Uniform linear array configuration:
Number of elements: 12
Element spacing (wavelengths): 0.75
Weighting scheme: blackman
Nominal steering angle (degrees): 60
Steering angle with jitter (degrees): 59.499
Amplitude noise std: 0.05
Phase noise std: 0.05

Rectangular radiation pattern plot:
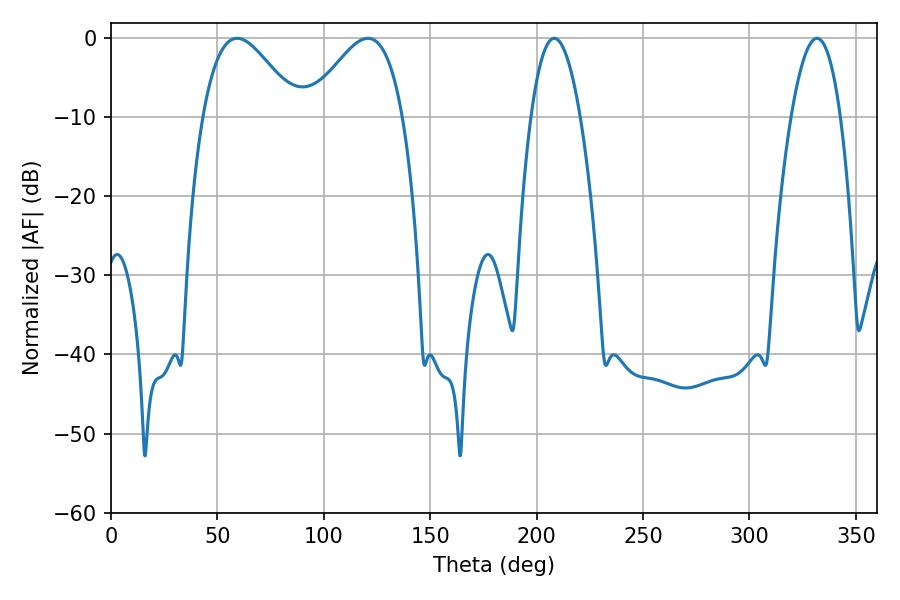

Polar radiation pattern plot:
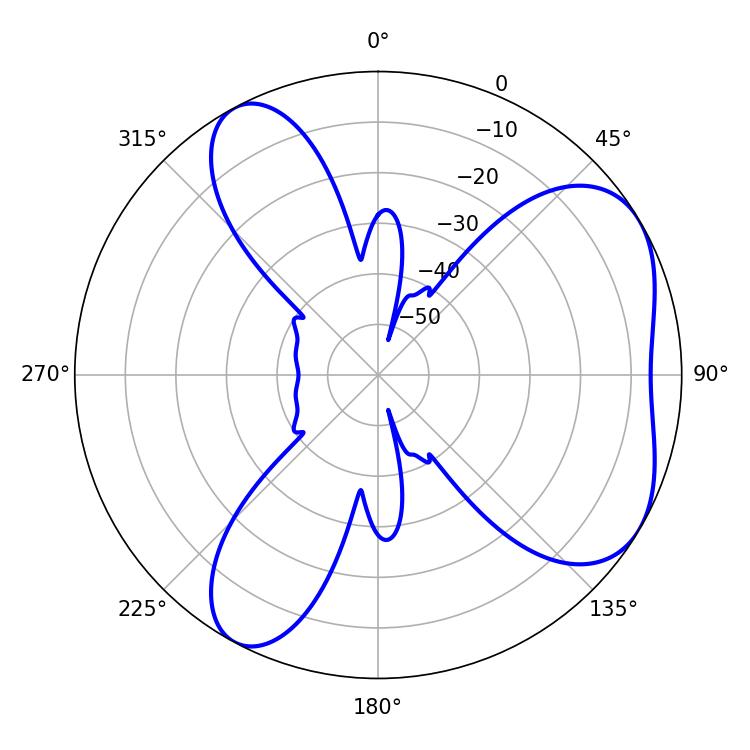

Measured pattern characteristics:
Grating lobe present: TRUE
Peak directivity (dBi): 5.314
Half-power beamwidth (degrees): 12.78
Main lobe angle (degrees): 208.26